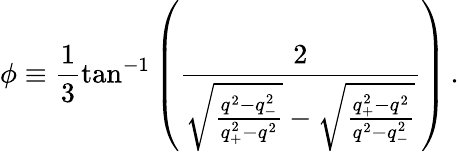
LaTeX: \phi\equiv\frac{1}{3}\tan^{-1}\left(\frac{2}{\sqrt{\frac{q^{2}-q_{-}^{2}}{q_{+}^{2}-q^{2}}}-\sqrt{\frac{q_{+}^{2}-q^{2}}{q^{2}-q_{-}^{2}}}}\right)\, .